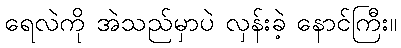
ရေလဲကို အဲသည်မှာပဲ လှန်းခဲ့ နောင်ကြီး။